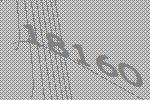
18160